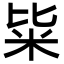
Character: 粊